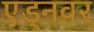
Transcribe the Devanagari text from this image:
एड्नवर